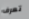
تعرف